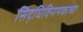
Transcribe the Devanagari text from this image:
सिद्धिविनायकाच्या